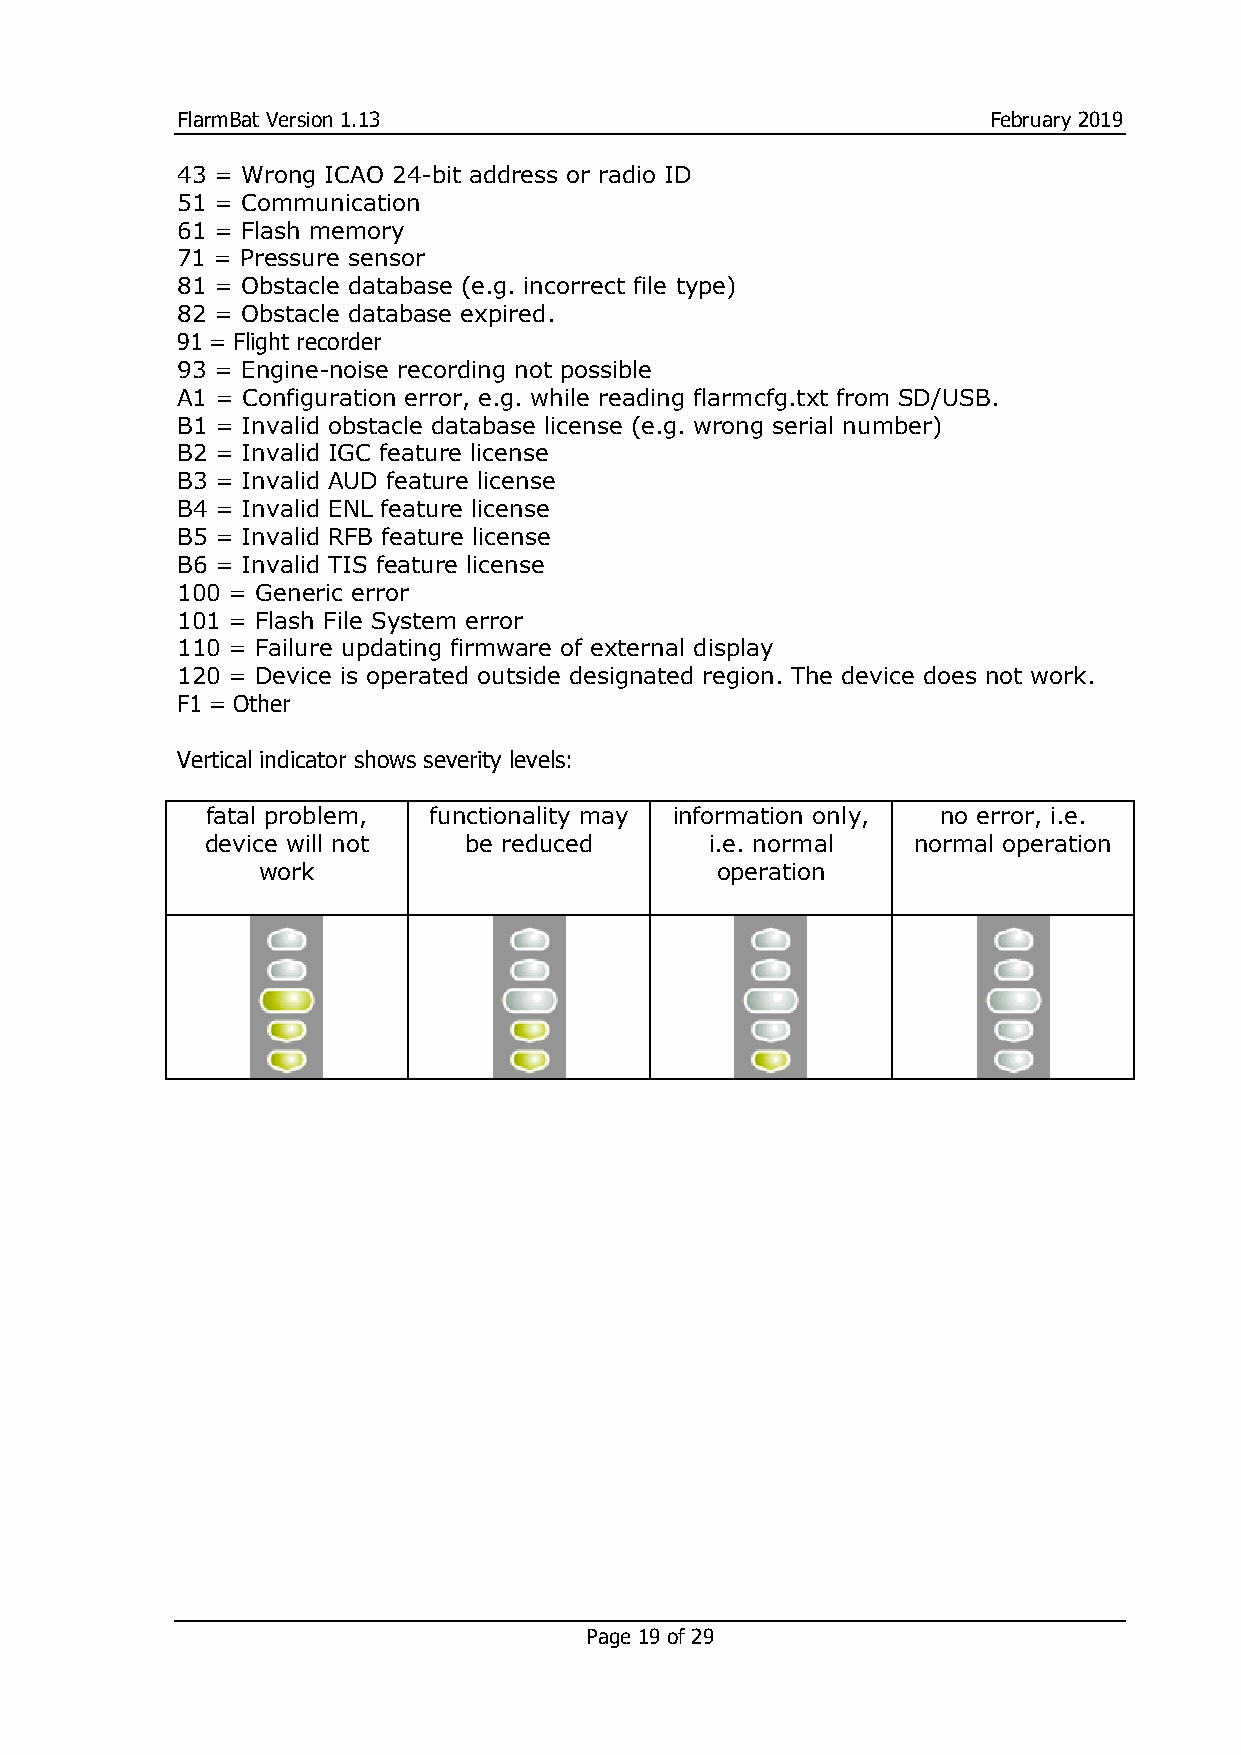
FlarmBat Version 1.13                                February 2019
 43 = Wrong ICAO 24-bit address or radio ID
 51 = Communication
 61 = Flash memory
 71 = Pressure sensor
 81 = Obstacle database (e.g. incorrect file type)
 82 = Obstacle database expired.
 91 = Flight recorder
 93 = Engine-noise recording not possible
 A1 = Configuration error, e.g. while reading flarmcfg.txt from SD/USB.
 B1 = Invalid obstacle database license (e.g. wrong serial number)
 B2 = Invalid IGC feature license
 B3 = Invalid AUD feature license
 B4 = Invalid ENL feature license
 B5 = Invalid RFB feature license
 B6 = Invalid TIS feature license
 100 = Generic error
 101 = Flash File System error
 110 = Failure updating firmware of external display
 120 = Device is operated outside designated region. The device does not work.
 F1 = Other
 Vertical indicator shows severity levels:
 fatal problem, functionality may information only, no error, i.e.
 device will not  be reduced      i.e. normal  normal operation
 work                          operation
 Page 19 of 29